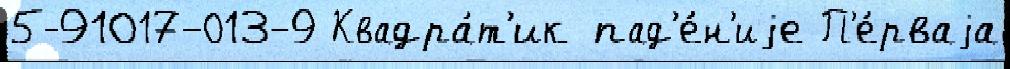
5-91017-013-9 Квадра́т'ик пад'е́н'иjе П'е́рваjа